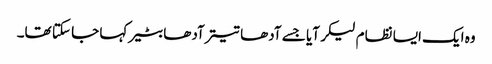
وہ ایک ایسا نظام لیکر آیا جسے آدھا تیتر آدھا بٹیر کہا جا سکتا تھا۔